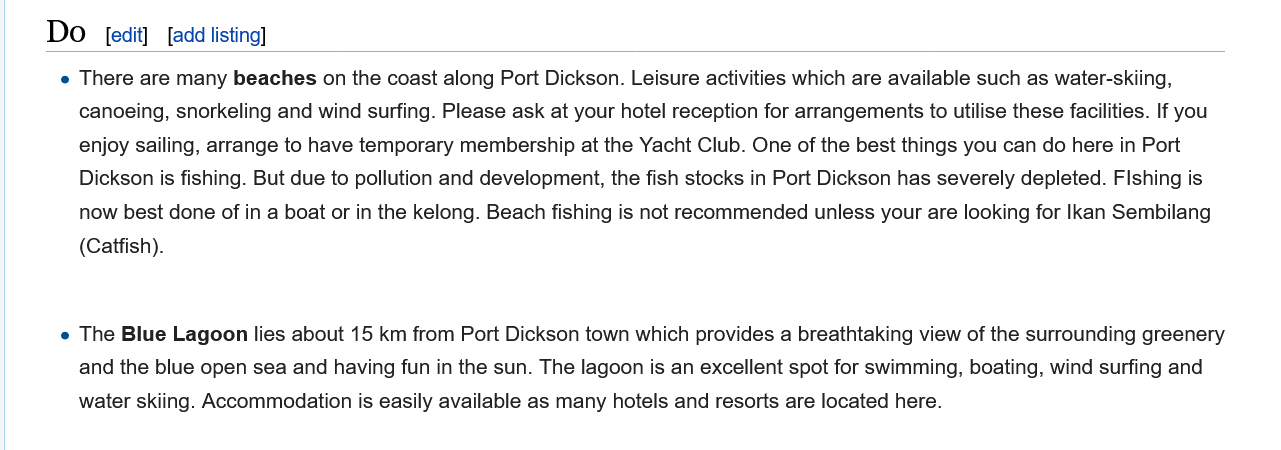
e The Blue Lagoon lies about 15 km from Port Dickson town which provides a breathtaking view of the surrounding greenery
     and the blue open sea and having fun in the sun. The lagoon is an excellent spot for swimming, boating, wind surfing and
     water skiing. Accommodation is easily available as many hotels and resorts are located here.
     e There are many beaches on the coast along Port Dickson. Leisure activities which are available such as water-skiing,
     canoeing, snorkeling and wind surfing. Please ask at your hotel reception for arrangements to utilise these facilities. If you
     enjoy sailing, arrange to have temporary membership at the Yacht Club. One of the best things you can do here in Port
     Dickson is fishing. But due to pollution and development, the fish stocks in Port Dickson has severely depleted. Flshing is
     now best done of in a boat or in the kelong. Beach fishing is not recommended unless your are looking for Ikan Sembilang
     (Catfish).
     [edit] [add listing]